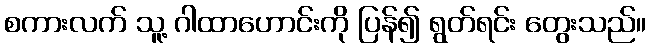
စကားလက် သူ့ ဂါထာဟောင်းကို ပြန်၍ ရွတ်ရင်း တွေးသည်။